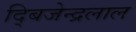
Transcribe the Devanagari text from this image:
द्बिजेन्द्रलाल